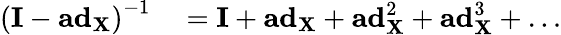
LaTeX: \begin{array}{rl}{\left(\mathbf{I}-\mathbf{ad}_{\mathbf{X}}\right)^{-1}}&{{}=\mathbf{I}+\mathbf{ad}_{\mathbf{X}}+\mathbf{ad}_{\mathbf{X}}^{2}+\mathbf{ad}_{\mathbf{X}}^{3}+\ldots}\end{array}